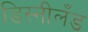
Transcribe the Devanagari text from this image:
डिस्नीलँड